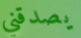
يصدقني